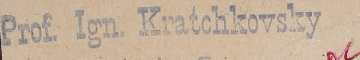
Prof. Ign. Kratchkovsky